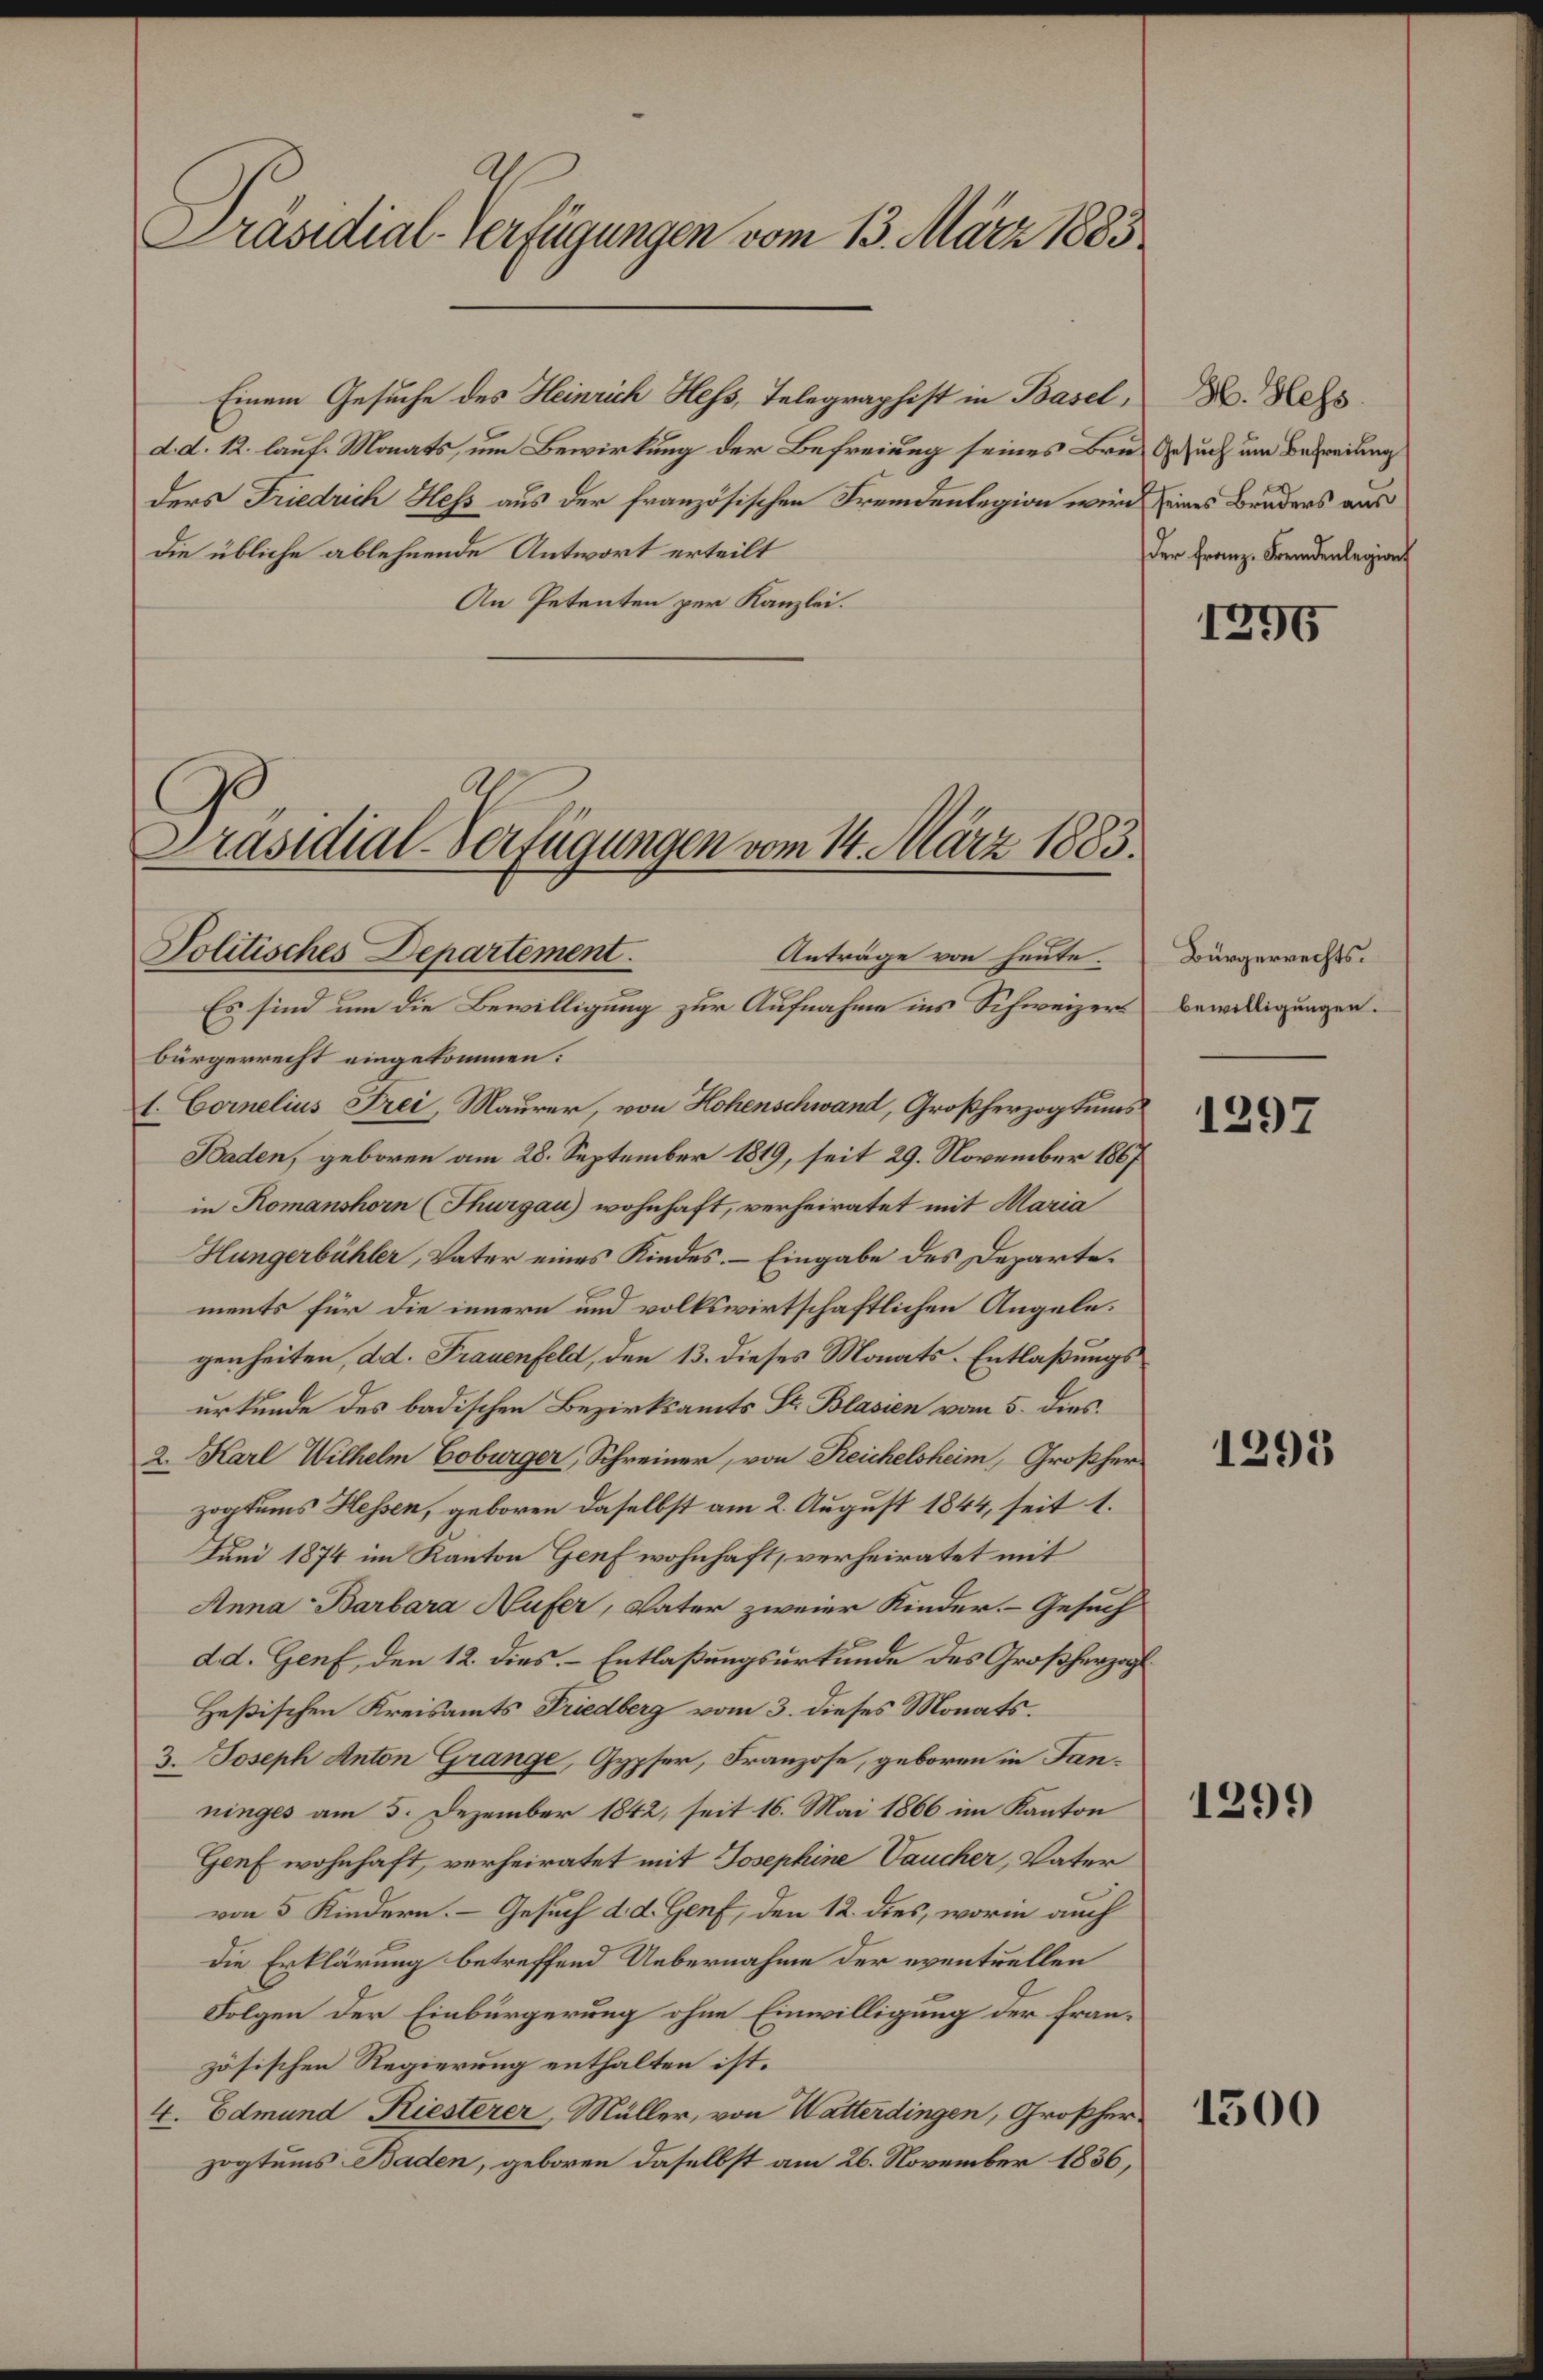
Präsidial-Verfügungen vom 13. März 1883

d. d. 12. lauf Monats, um Bewirkung der Befreiung seines Bru- Gesuch um Befreiung
ders Friedrich Hess aus der französischen Fremdenlegion wird seines Bruders aus
die übliche ablehnende Antwort erteilt
An Petenten per Kanzlei.

Politisches Departement.
Anträge von heute.

Einem Gesuche des Heinrich Hess, Telegraphist in Basel,

Präsidial-Verfügungen vom 14. März 1883.

Es sind um die Bewilligung zur Aufnahme ins Schweizerbürgerrecht eingekommen:
1. Cornelius Frei, Maurer, von Hohenschwand, Großherzogtums
Baden, geboren am 28. September 1819, seit 29. November 1867
in Komanshorn (Thurgau) wohnhaft, verheiratet mit Maria
Hungerbühler, Vater eines Kindes. - Eingabe des Departements für die innern und volkswirtschaftlichen Angelegenheiten, d. d. Frauenfeld, den 13. dieses Monats-Entlaßungs
urkunde des badischen Bezirksamts St. Blasien vom 5. dies
2. Karl Wilhelm Coburger, Schreiner, von Reichelsheim, Großher
zogtums Hessen, geboren daselbst am 2. August 1844, seit 1.
Juni 1874 im Kanton Genf wohnhaft, verheiratet mit
Anna Barbara Hufer, Vater zweier Kinder. - Gesuch
dd. Genf, den 12. dies. - Entlaßungsurkunde des Großherzogt
Heßischen Kreisamts Friedberg vom 3. dieses Monats.
3.  Joseph Anton Grange, Gypser, Franzose, geboren in Tanninges am 5. Dezember 1842, seit 16. Mai 1866 im Kanton
Genf wohnhaft, verheiratet mit Josephine Vaucher, Vater
von 5 Kindern. – Gesuch d. d. Genf, den 12. dies, worin auch
die Erklärung betreffend Uebernahme der eventuellen
Folgen der Einbürgerung ohne Einwilligung der französischen Regierung enthalten ist.
4. Edmund Riesterer, Müller, von Watterdingen, Großherzogtums Baden, geboren daselbst am 26. November 1836,

H. Hess.
der Franz-Fremdenlegions

Bürgerrechts.
bewilligungen.

1294

1297

1295

1299

1300